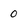
Character: 0